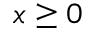
x \geq 0